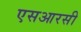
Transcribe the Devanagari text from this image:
एसआरसी